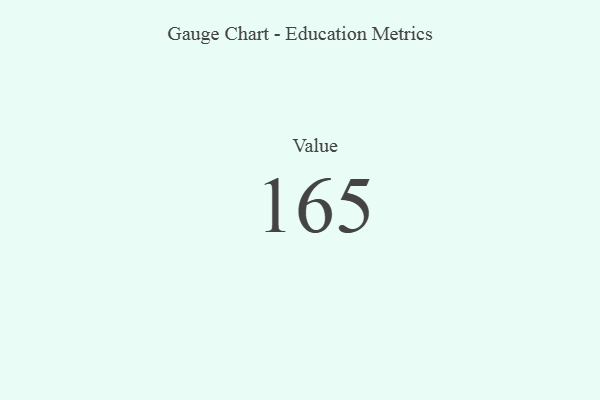
{"axis": {"x": "Metric", "y": "Value"}, "legend": [""], "data": [{"x": "Value", "y": 165, "type": ""}]}